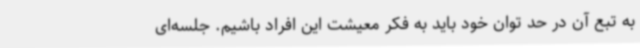
به تبع آن در حد توان خود باید به فکر معیشت این افراد باشیم. جلسه‌ای